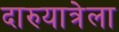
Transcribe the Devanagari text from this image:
दारुयात्रेला